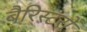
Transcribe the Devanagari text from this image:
बैरिस्टरों